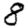
Digit: 8